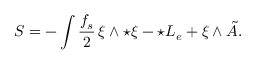
S = - \int \frac { f _ { s } } { 2 } \, \xi \wedge { \star \xi } - \star { \cal L } _ { e } + \xi \wedge \tilde { A } .